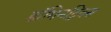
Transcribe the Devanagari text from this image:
डॉमिनट्रिक्स